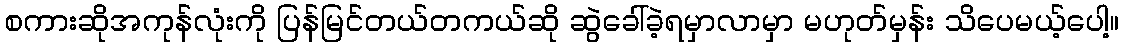
စကားဆိုအကုန်လုံးကို ပြန်မြင်တယ်တကယ်ဆို ဆွဲခေါ်ခဲ့ရမှာလာမှာ မဟုတ်မှန်း သိပေမယ့်ပေါ့။